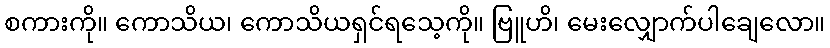
စကားကို။ ကောသိယ၊ ကောသိယရှင်ရသေ့ကို။ ဗြူဟိ၊ မေးလျှောက်ပါချေလော။